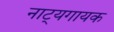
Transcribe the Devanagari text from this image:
नाट्यगायक